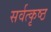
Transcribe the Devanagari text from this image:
सर्वत्कृष्ठ